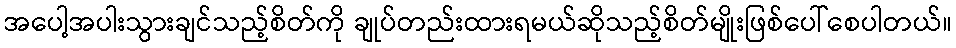
အပေါ့အပါးသွားချင်သည့်စိတ်ကို ချုပ်တည်းထားရမယ်ဆိုသည့်စိတ်မျိုးဖြစ်ပေါ်စေပါတယ်။